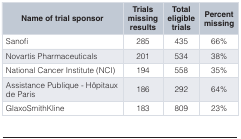
<table><thead><tr><td><b>Name of trial sponsor</b></td><td><b>Trialsmissingresults</b></td><td><b>Totaleligibletrials</b></td><td><b>Percentmissing</b></td></tr></thead><tbody><tr><td>Sanofi</td><td>285</td><td>435</td><td>66%</td></tr><tr><td>Novartis Pharmaceuticals</td><td>201</td><td>534</td><td>38%</td></tr><tr><td>National Cancer Institute (NCI)</td><td>194</td><td>558</td><td>35%</td></tr><tr><td>Assistance Publique - Hôpitauxde Paris</td><td>186</td><td>292</td><td>64%</td></tr><tr><td>GlaxoSmithKline</td><td>183</td><td>809</td><td>23%</td></tr></tbody></table>